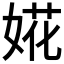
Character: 婲